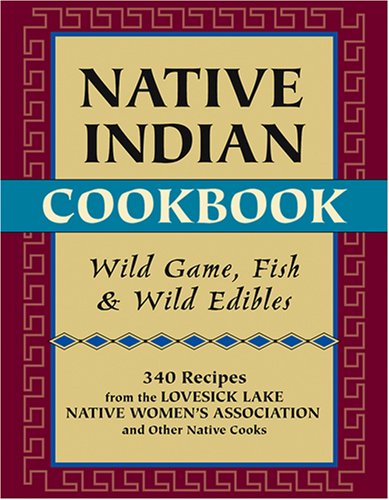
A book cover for Native Indian Cookbook: Wild Game, Fish, and Wild Edibles; Cookbooks, Food & Wine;